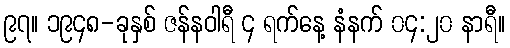
၉၇။ ၁၉၄၈-ခုနှစ် ဇန်နဝါရီ ၄ ရက်နေ့ နံနက် ၀၄:၂၀ နာရီ။